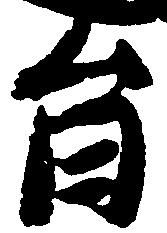
旨